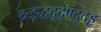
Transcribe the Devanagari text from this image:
थ्र्त्ड़द्धदृद्रण्दृदड्ढ